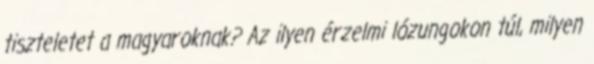
tiszteletet a magyaroknak? Az ilyen érzelmi lózungokon túl, milyen